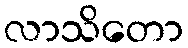
လာသိတော